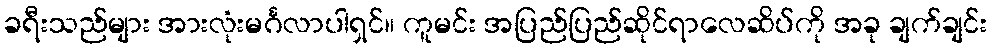
ခရီးသည်များ အားလုံးမင်္ဂလာပါရှင်။ ကူမင်း အပြည်ပြည်ဆိုင်ရာလေဆိပ်ကို အခု ချက်ချင်း